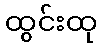
ထွင်းထု